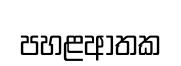
පහළආතක